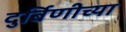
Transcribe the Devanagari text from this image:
दुर्बिणीच्‍या